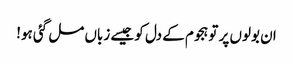
ان بولوں پر تو ہجوم کے دل کو جیسے زباں مل گئی ہو!